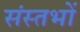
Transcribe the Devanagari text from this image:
संस्तभों